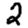
Digit: 2